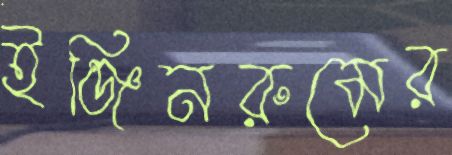
ইঞ্জিনরুমের